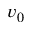
v _ { 0 }